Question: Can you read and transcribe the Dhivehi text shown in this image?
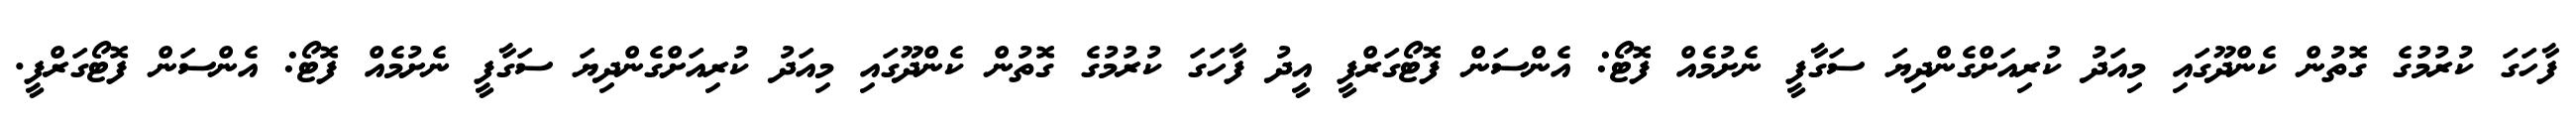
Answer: ފާހަގަ ކުރުމުގެ ގޮތުން ކެންދޫގައި މިއަދު ކުރިއަށްގެންދިޔަ ސަގާފީ ނެށުމެއް ފޮޓޯ: އެންސަން ފޮޓޯގަރްފީ އީދު ފާހަގަ ކުރުމުގެ ގޮތުން ކެންދޫގައި މިއަދު ކުރިއަށްގެންދިޔަ ސަގާފީ ނެށުމެއް ފޮޓޯ: އެންސަން ފޮޓޯގަރްފީ.